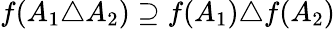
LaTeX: f(A_{1}\triangle A_{2})\supseteq f(A_{1})\triangle f(A_{2})